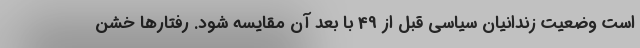
است وضعیت زندانیان سیاسی قبل از 49 با بعد آن مقایسه شود. رفتارها خشن